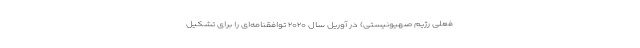
فعلی رژیم صهیونیستی) در آوریل سال ۲۰۲۰ توافقنامه‌ای را برای تشکیل